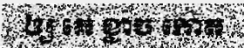
ឲ្យ គេ ខ្លាច កោត